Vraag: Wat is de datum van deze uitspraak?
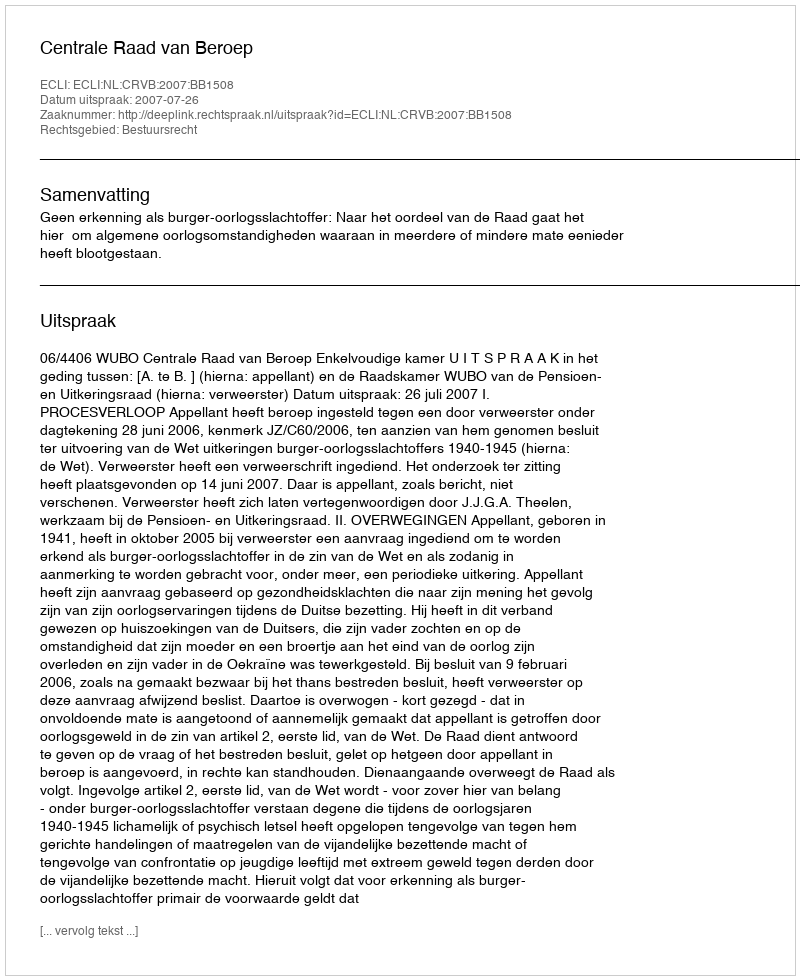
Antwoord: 2007-07-26